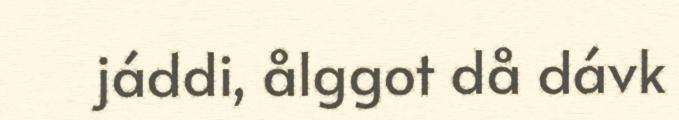
jáddi, ålggot då dávk